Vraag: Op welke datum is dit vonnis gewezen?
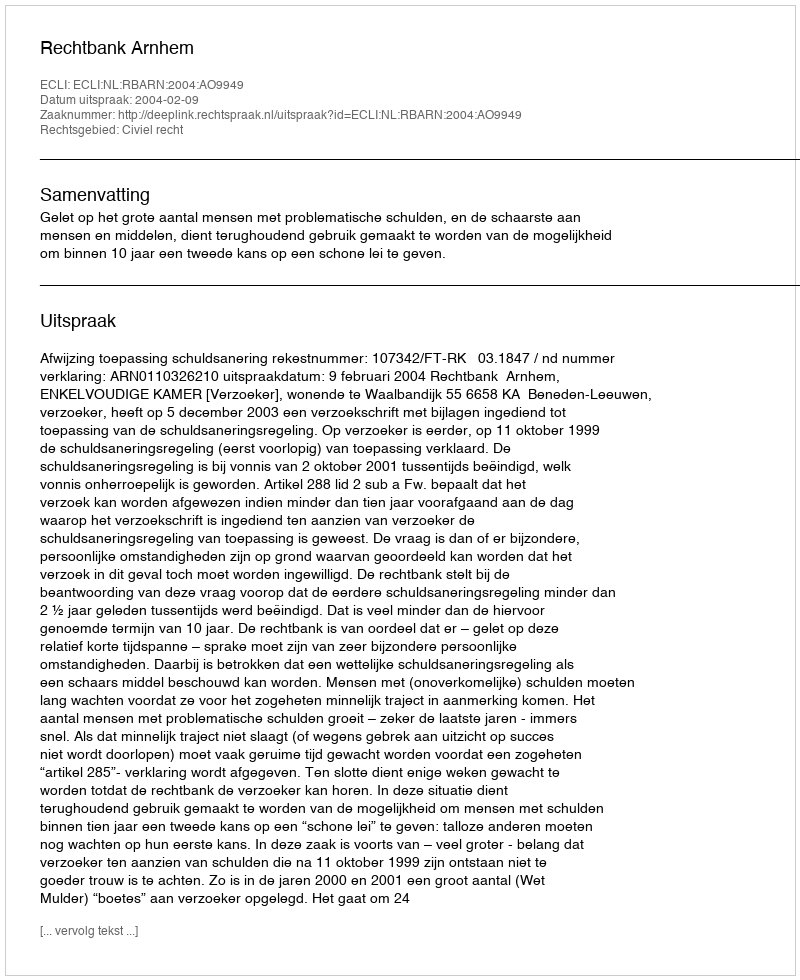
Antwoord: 2004-02-09